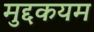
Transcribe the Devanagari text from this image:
मुद्दकयम